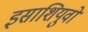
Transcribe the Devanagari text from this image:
इसाशियुवो